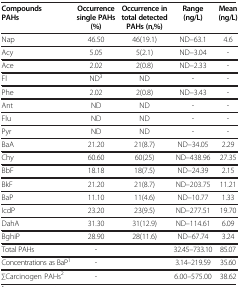
<table><thead><tr><td><b>Compounds PAHs</b></td><td><b>Occurrence single PAHs (%)</b></td><td><b>Occurrence in total detected PAHs (n,%)</b></td><td><b>Range (ng/L)</b></td><td><b>Mean (ng/L)</b></td></tr></thead><tbody><tr><td>Nap</td><td>46.50</td><td>46(19.1)</td><td>ND–63.1</td><td>4.6</td></tr><tr><td>Acy</td><td>5.05</td><td>5(2.1)</td><td>ND–3.04</td><td>-</td></tr><tr><td>Ace</td><td>2.02</td><td>2(0.8)</td><td>ND–2.33</td><td>-</td></tr><tr><td>Fl</td><td>ND<sup>3</sup></td><td>ND</td><td>-</td><td>-</td></tr><tr><td>Phe</td><td>2.02</td><td>2(0.8)</td><td>ND–3.43</td><td>-</td></tr><tr><td>Ant</td><td>ND</td><td>ND</td><td>-</td><td>-</td></tr><tr><td>Flu</td><td>ND</td><td>ND</td><td>-</td><td>-</td></tr><tr><td>Pyr</td><td>ND</td><td>ND</td><td>-</td><td>-</td></tr><tr><td>BaA</td><td>21.20</td><td>21(8.7)</td><td>ND–34.05</td><td>2.29</td></tr><tr><td>Chy</td><td>60.60</td><td>60(25)</td><td>ND–438.96</td><td>27.35</td></tr><tr><td>BbF</td><td>18.18</td><td>18(7.5)</td><td>ND–24.39</td><td>2.15</td></tr><tr><td>BkF</td><td>21.20</td><td>21(8.7)</td><td>ND–203.75</td><td>11.21</td></tr><tr><td>BaP</td><td>11.10</td><td>11(4.6)</td><td>ND–10.77</td><td>1.33</td></tr><tr><td>IcdP</td><td>23.20</td><td>23(9.5)</td><td>ND–277.51</td><td>19.70</td></tr><tr><td>DahA</td><td>31.30</td><td>31(12.9)</td><td>ND–114.61</td><td>6.09</td></tr><tr><td>BghiP</td><td>28.90</td><td>28(11.6)</td><td>ND–67.74</td><td>3.24</td></tr><tr><td>Total PAHs</td><td>-</td><td> </td><td>32.45–733.10</td><td>85.07</td></tr><tr><td>Concentrations as BaP<sup>1</sup></td><td>-</td><td> </td><td>3.14–219.59</td><td>35.60</td></tr><tr><td>∑Carcinogen PAHs<sup>2</sup></td><td>-</td><td> </td><td>6.00–575.00</td><td>38.62</td></tr></tbody></table>